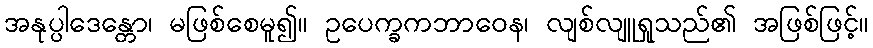
အနုပ္ပါဒေန္တော၊ မဖြစ်စေမူ၍။ ဥပေက္ခကဘာဝေန၊ လျစ်လျူရှုသည်၏ အဖြစ်ဖြင့်။